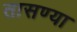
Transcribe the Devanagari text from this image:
तासण्या